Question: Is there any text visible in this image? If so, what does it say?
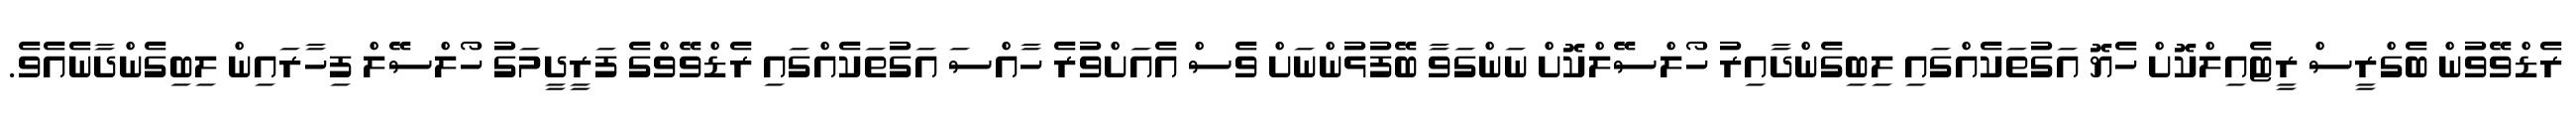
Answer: ރެޑްވޭވުން ބެގްރީސް ރީޓެއިލްކޮށް ހެޔޮ އަގުތަކެއްގައި ލިބިގެންދާއިރު ހޯލްސޭލްކޮށް ނަންގަވާ ބޭފުޅުންނަށް ވެސް އެއަށްވުރެ ހާއްސަ އަގުތަކެއްގައި ރެޑްވޭވްގެ ފަރީދީމަގު ހޯލްސޭލް ފިހާރައިން ލިބިގެންދާނެއެވެ.